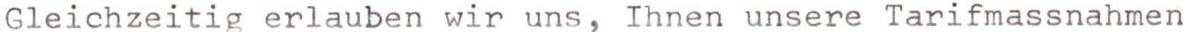
Gleichzeitig erlauben wir uns, Ihnen unsere Tarifmassnahmen